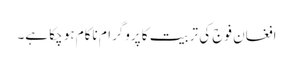
افغان فوج کی تربیت کا پروگرام ناکام ہو چکا ہے۔